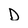
Character: D